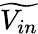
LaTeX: \widetilde{V_{in}}